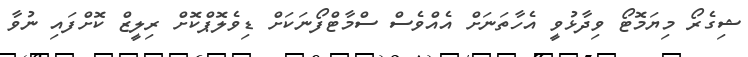
ޝިގެރޯ މިޔަމޮޓޯ ވިދާޅުވީ އެހާތަނަށް އެއްވެސް ސްމާޓްފޯނަކަށް ޑިވެލޮޕްކޮށް ރިލީޒް ކޮށްފައި ނުވާ